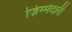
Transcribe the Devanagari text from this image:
ज़िम्मेदारी